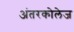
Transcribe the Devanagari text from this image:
अंतरकोलेज